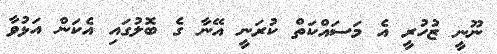
ނޫނީ ޒުހުރީ އެ މަސައްކަތް ކުރަނީ އޭނާ ގެ ބޮލުގައި އެކަން އަޅުވާ